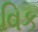
વિક